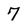
Character: 7